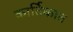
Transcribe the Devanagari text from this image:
कार्तिकात